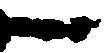
一